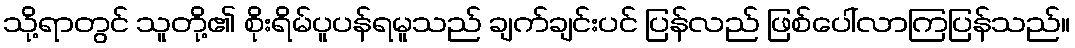
သို့ရာတွင် သူတို့၏ စိုးရိမ်ပူပန်ရမူသည် ချက်ချင်းပင် ပြန်လည် ဖြစ်ပေါ်လာကြပြန်သည်။